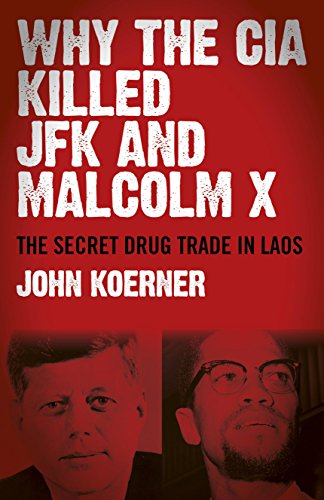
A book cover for Why The CIA Killed JFK and Malcolm X: The Secret Drug Trade in Laos; John Koerner; Biographies & Memoirs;